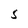
Character: S